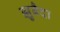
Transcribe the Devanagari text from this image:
झुबैदा